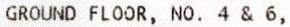
GROUND FLOOR, NO. 4 & 6,